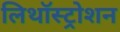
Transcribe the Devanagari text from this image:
लिथॉस्ट्रोशन